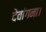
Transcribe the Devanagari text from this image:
देवांगना।